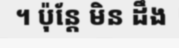
។ ប៉ុន្តែ មិន ដឹង